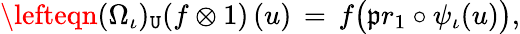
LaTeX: \lefteqn{(\Omega_{\iota})_{\mathtt{U}}(f\otimes1)\, (u)\, =\, f\big(\mathfrak{p}r_{1}\circ\psi_{\iota}(u)\big),}